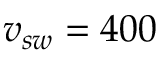
v _ { s w } = 4 0 0